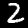
Label: 2